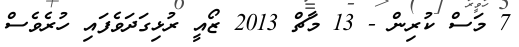
7 މަސް ކުރިން - 13 މާޗް 2013 ޒޯއީ ރުޅިގަދަވެފައި ހުރެވެސް